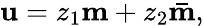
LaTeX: \mathbf{u}=z_{1}\mathbf{m}+z_{2}\mathbf{\bar{m}},